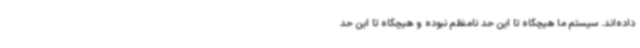
داده‌اند. سیستم ما هیچگاه تا این حد نامنظم نبوده و هیچگاه تا این حد